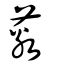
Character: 薂